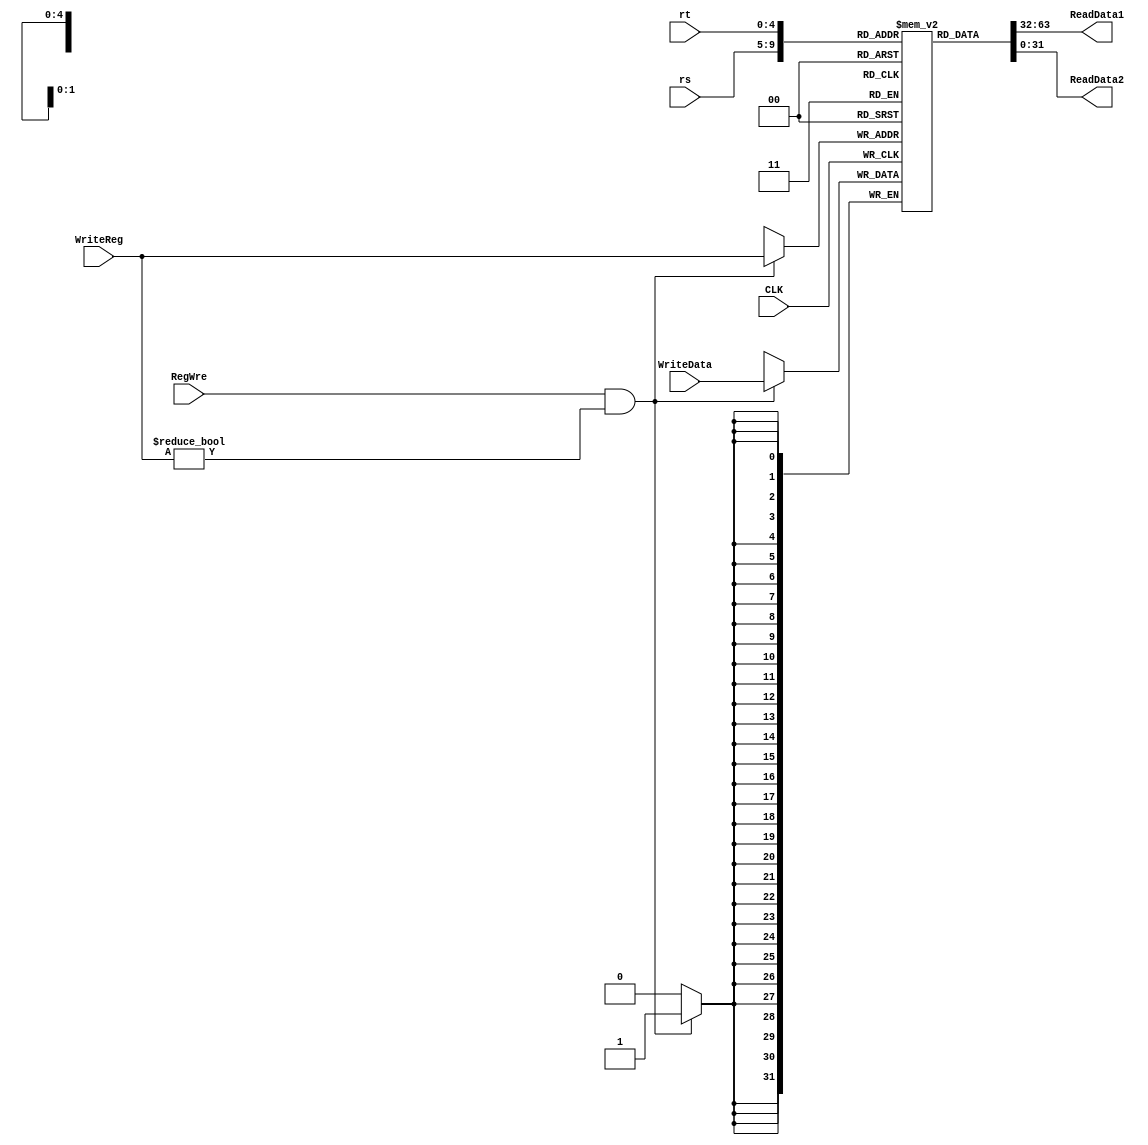
`timescale 1ns / 1ps
//////////////////////////////////////////////////////////////////////////////////
// Company: 
// Engineer: 
// 
// Design Name: 
// Module Name: RegisterFile
// Project Name: 
// Target Devices: 
// Tool Versions: 
// Description: 
// 
// Dependencies: 
// 
// Revision:
// Revision 0.01 - File Created
// Additional Comments:
// 
//////////////////////////////////////////////////////////////////////////////////


module RegisterFile(
	input CLK,	//
	input RegWre,	//1
	input [4:0] rs,	//rs
	input [4:0] rt,	//rt
	input [4:0] WriteReg,	//rtrd
	input [31:0] WriteData,	//
	output [31:0] ReadData1,	//rs
	output [31:0] ReadData2	//rt
);
	reg [31:0] register[0:31];  //32
	//32ReadData0
	integer i;
	initial begin
		for(i = 0; i < 32; i = i + 1)  register[i] <= 0;
	end
	//
	assign ReadData1 = register[rs];
	assign ReadData2 = register[rt];
	//
	always@(posedge CLK)begin
		//0RegWre
		if (RegWre && WriteReg != 0)  register[WriteReg] = WriteData;
	end
endmodule